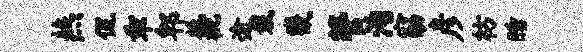
燕侃乖郫柢枇逾栽畿管洵窈彦枋睡